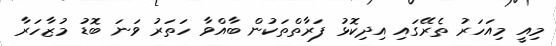
މިއީ މިއަހަރު ތެރޭގައި އިދިކޮޅު ފަރާތްތަކުން ބާއްވާ ހަތަރު ވަނަ ބޮޑު މުޒާހަރާ